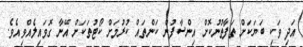
އަދި ވަކި ބަޔަކަށް ތަފާތުނުކޮށް އިންސާފުން ކަންތައް ކުރުމަށް ކޯޓުތަކަށް އޭނާ ގޮވައިލެއްވިއެވެ.